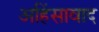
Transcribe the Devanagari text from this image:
अहिंसावाद